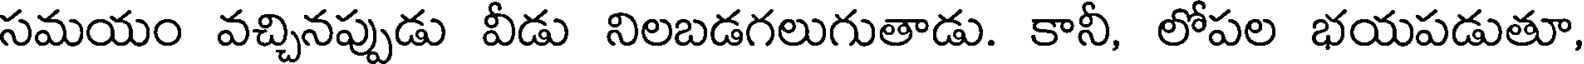
సమయం వచ్చినప్పుడు వీడు నిలబడగలుగుతాడు. కానీ, లోపల భయపడుతూ